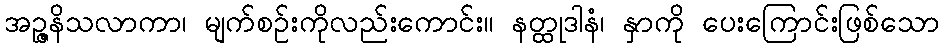
အဉ္ဇနိသလာကာ၊ မျက်စဉ်းကိုလည်းကောင်း။ နတ္ထုဒါနံ၊ နှာကို ပေးကြောင်းဖြစ်သော